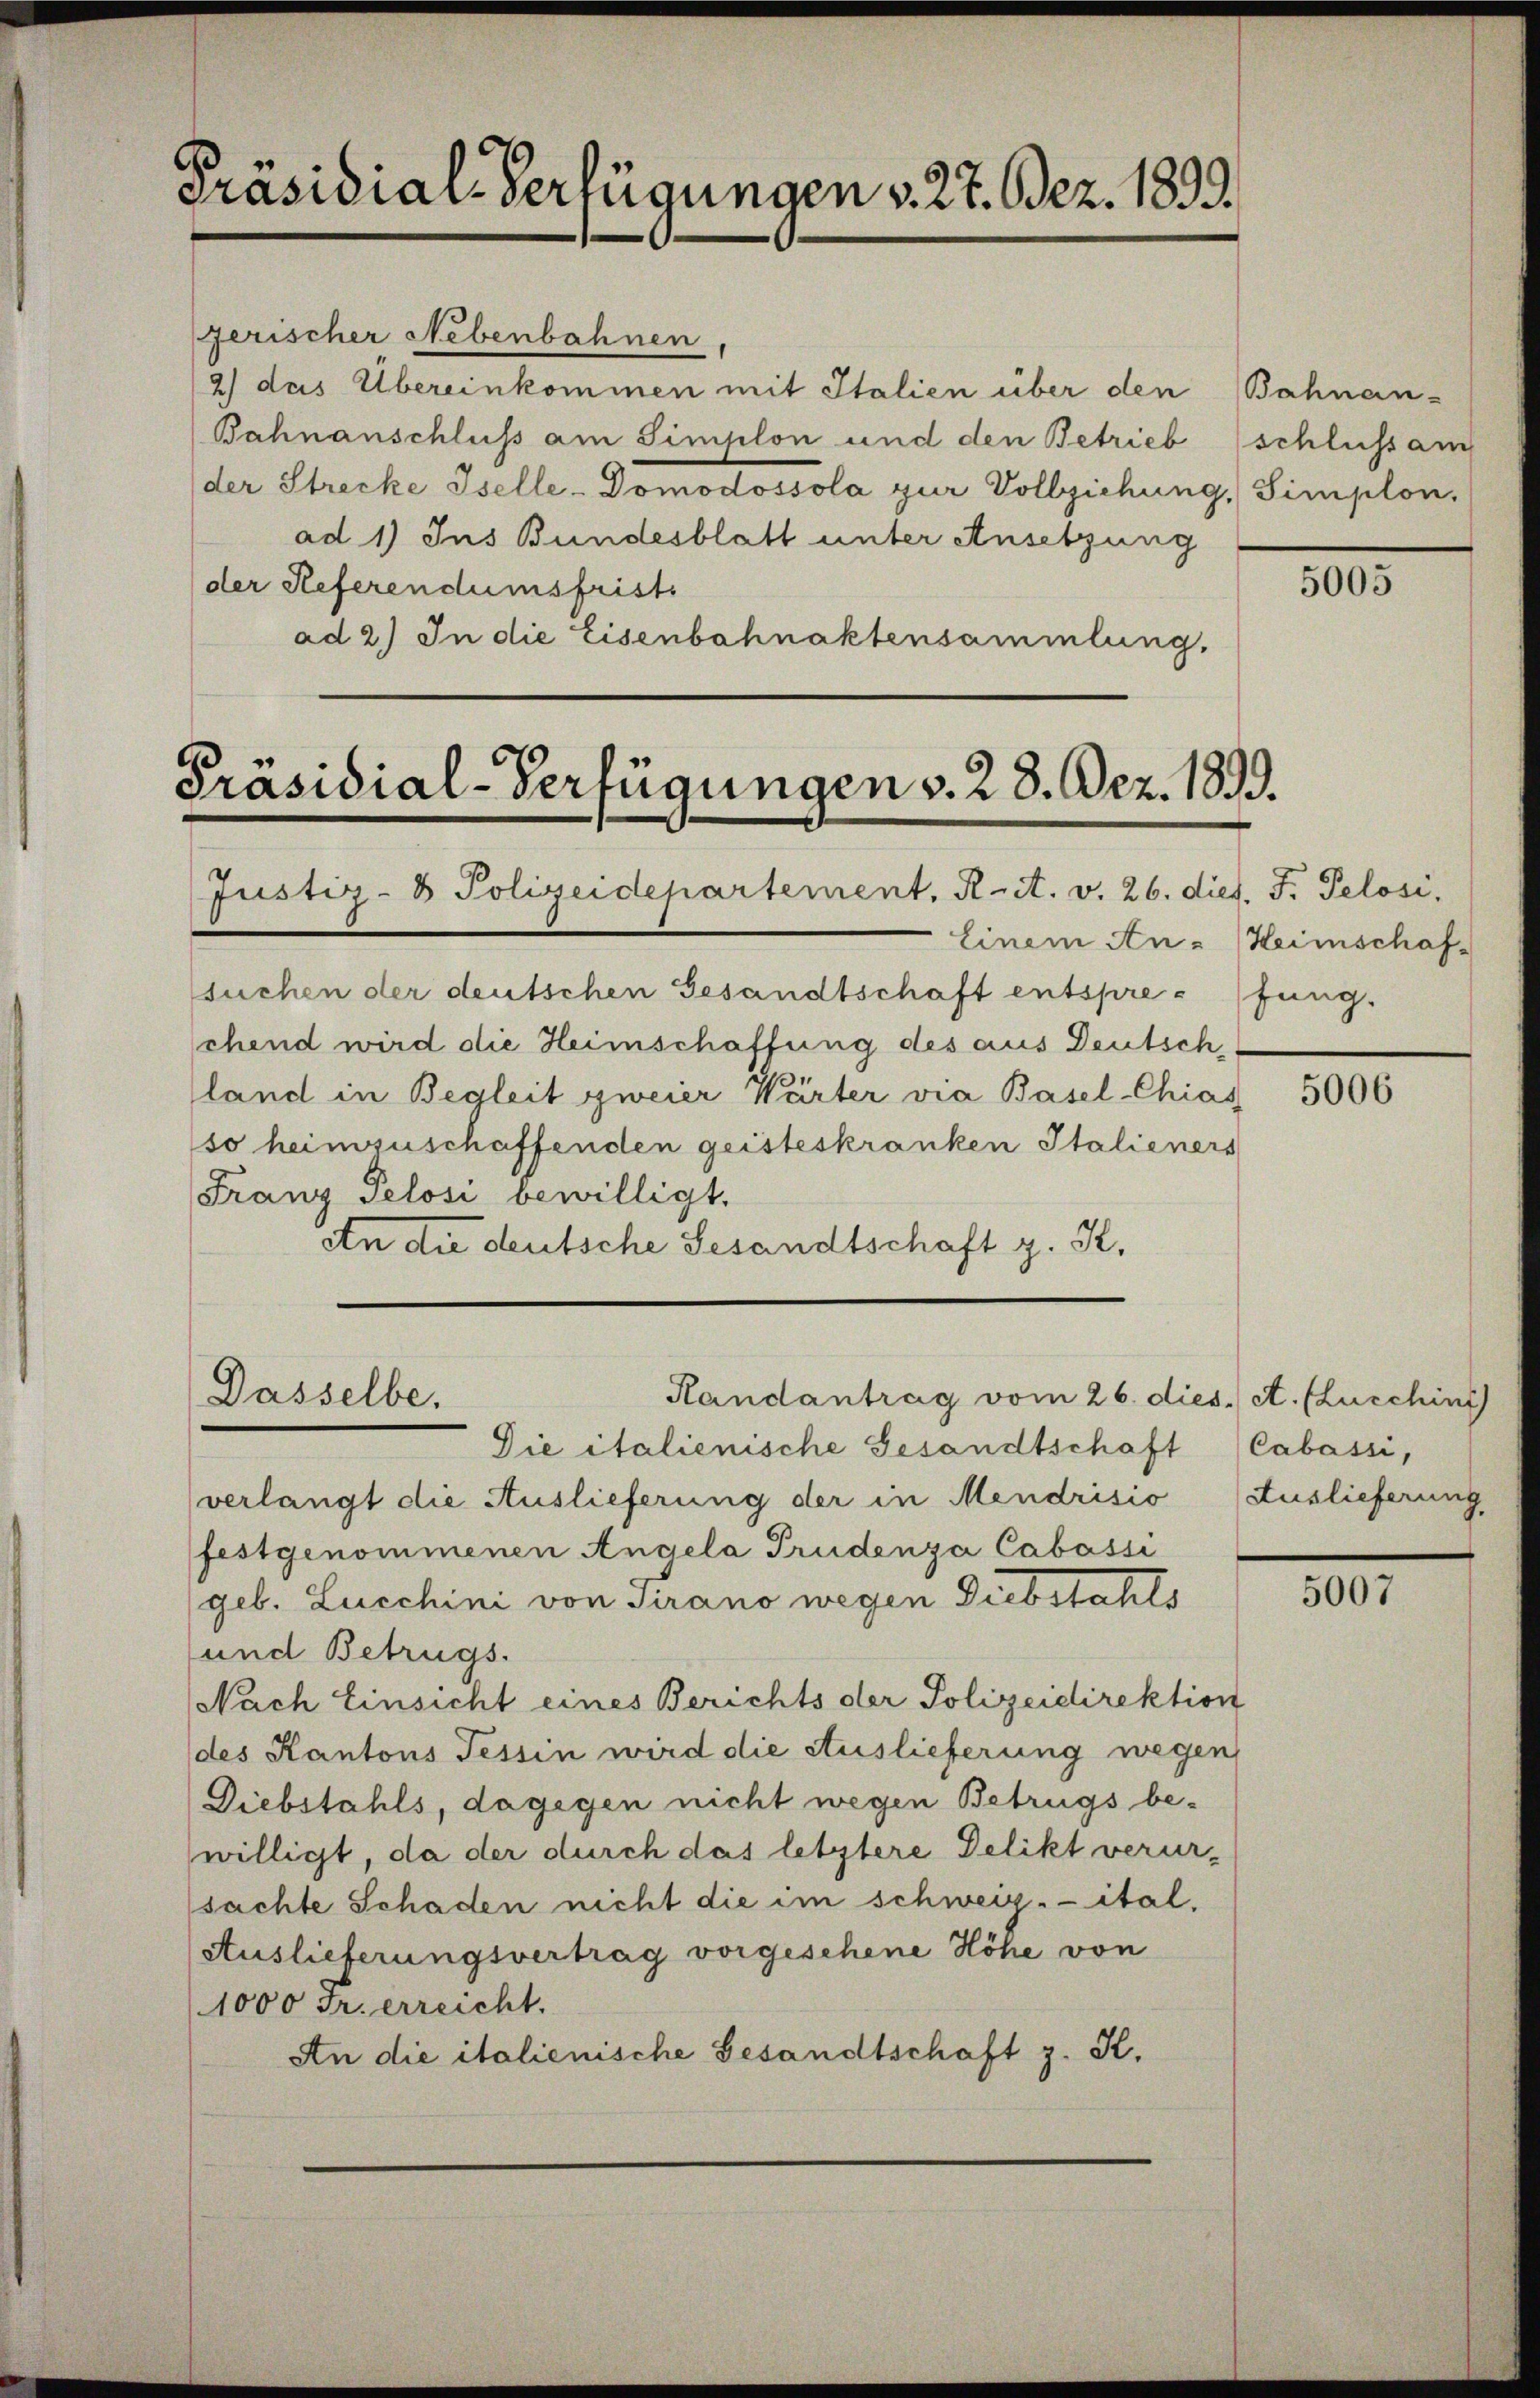
Präsidial-Verfügungen v. 27. Bez. 1899.

zerischer Nebenbahnen
2) das Übereinkommen mit Italien über den Bahnan-
Bahnanschluß am Simplon und den Betrieb
der Strecke Iselle-Domodossola zur Vollziehung, Simplon,
ad 1) Ins Bundesblatt unter Ansetzung
der Referendumsfriste
ad 2.) In die Eisenbahnaktensammlung,

Präsidial-Verfügungen v. 28. Dez. 1899.

Justiz- & Polizeidepartement, K. A. v. 26. dies. F. Pelosi,
Einem An- Heimschaf-
suchen der deutschen Gesandtschaft entspre-fung.
chend wird die Heimschaffung des aus Deutsch
(land in Begleit zweier Wärter via Basel-Chias
so heimzuschaffenden geisteskranken Italieners
Franz Pelosi bewilligt.
An die deutsche Gesandtschaft z. K.

Dasselbe.
Randantrag vom 26. dies. A. (Luschini

schluss am

Die italienische Gesandtschaft
verlangt die Auslieferung der in Mendrisio (Auslieferung
festgenommenen Angela Prudenza Cabassi
geb. Lucchini von Tirano wegen Diebstahls
und Betrugs.
Nach Einsicht eines Berichts der Polizeidirektion
des Kantons Tessin wird die Auslieferung wegen,
Diebstahls, dagegen nicht wegen Betrugs be-
willigt, da der durch das letztere Delikt verursachte Schaden nicht die im schweiz. ital,
Auslieferungsvertrag vorgesehene Höhe von
1000 Fr. erreicht.
An die italienische Gesandtschaft z. K.

5005

5006

Cabassi,

5007